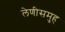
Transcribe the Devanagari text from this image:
लेणीसमुह